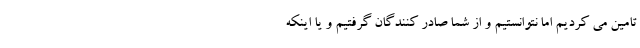
تامین می کردیم اما نتوانستیم و از شما صادر کنندگان گرفتیم و یا اینکه